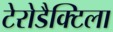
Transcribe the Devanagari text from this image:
टेरोडैक्टिला